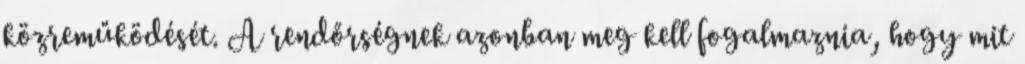
közreműködését. A rendőrségnek azonban meg kell fogalmaznia, hogy mit